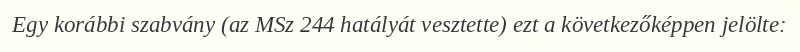
Egy korábbi szabvány (az MSz 244 hatályát vesztette) ezt a következőképpen jelölte: